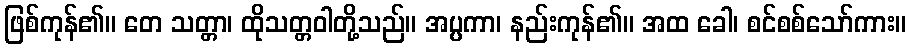
ဖြစ်ကုန်၏။ တေ သတ္တာ၊ ထိုသတ္တဝါတို့သည်။ အပ္ပကာ၊ နည်းကုန်၏။ အထ ခေါ၊ စင်စစ်သော်ကား။